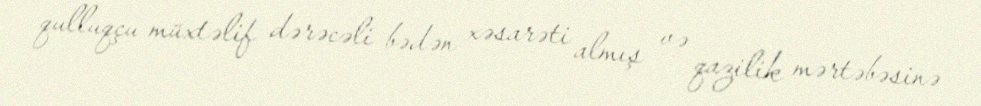
qulluqçu müxtəlif dərəcəli bədən xəsarəti almış və qazilik mərtəbəsinə